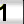
Digit: 1